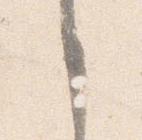
了